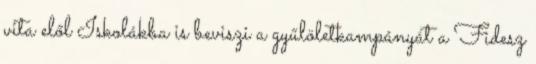
vita elől Iskolákba is beviszi a gyűlöletkampányát a Fidesz